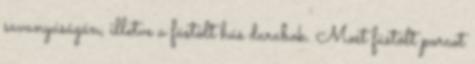
savanyúságán, illetve a füstölt hús darabok. Most füstölt porcot